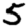
Digit: 5